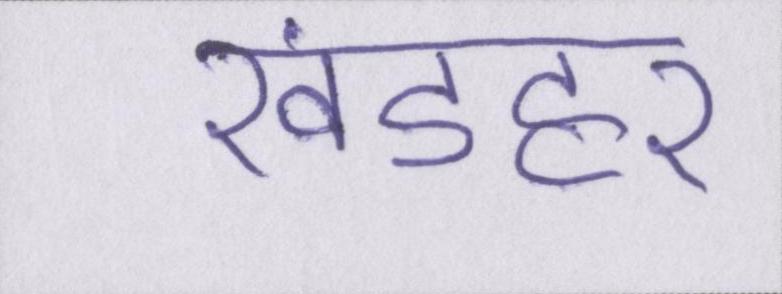
खंडहर